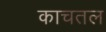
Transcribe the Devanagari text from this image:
काचतल